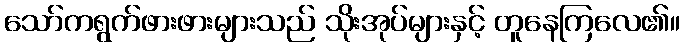
သော်ကရွက်ဖားဖားများသည် သိုးအုပ်များနှင့် တူနေကြလေ၏။